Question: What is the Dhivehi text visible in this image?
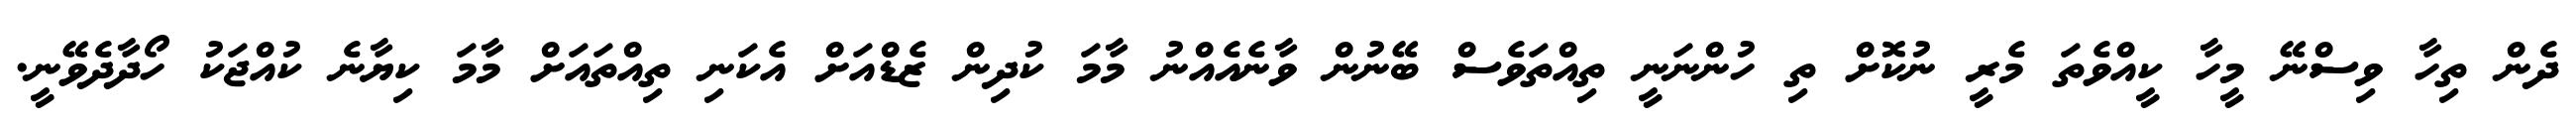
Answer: ދެން ތިހާ ވިސްނޭ މީހާ ކީއްވެތަ މެރީ ނުކޮށް ތި ހުންނަނީ ތިއްތަވެސް ބޭނުން ވާނެއެއްނު މާމަ ކުދިން ޒެޑްއަށް އެކަނި ތިއްތައަށް މާމަ ކިޔާނެ ކުއްޖަކު ހޯދާދެވޭނީ.